Plague in India, 1896, 1897 - Volume 1
Year: 1896
Disease focus: Plague
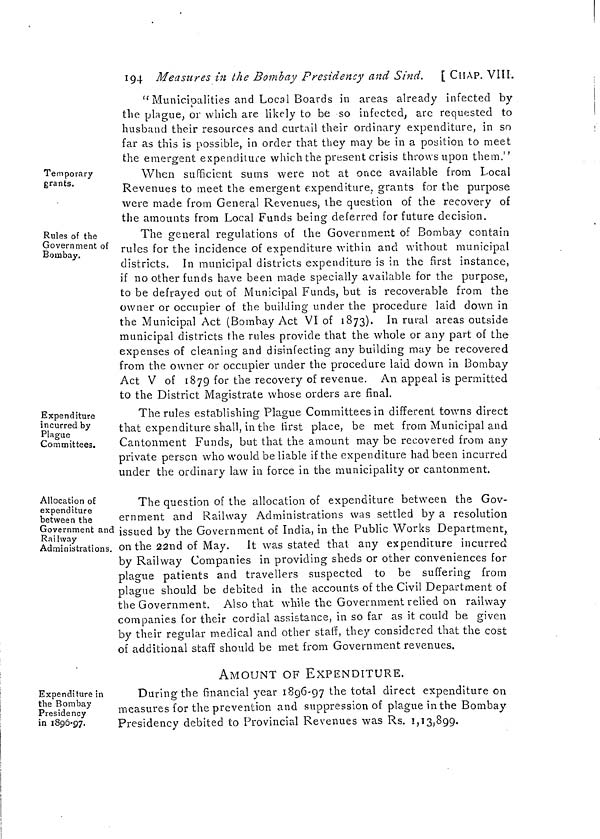
194 Measures in the Bombay Presidency and Sind. [ CHAP. VIII.
" Municipalities and Local Boards in areas already infected by
the plague, or which are likely to be so infected, are requested to
husband their resources and curtail their ordinary expenditure, in so
far as this is possible, in order that they may be in a position to meet
the emergent expenditure which the present crisis throws upon them."
Temporary
grants.
When sufficient sums were not at once available from Local
Revenues to meet the emergent expenditure, grants for the purpose
were made from General Revenues, the question of the recovery of
the amounts from Local Funds being deferred for future decision.
Rules of the
Government of
Bombay.
The general regulations of the Government of Bombay contain
rules for the incidence of expenditure within and without municipal
districts. In municipal districts expenditure is in the first instance,
if no other funds have been made specially available for the purpose,
to be defrayed out of Municipal Funds, but is recoverable from the
owner or occupier of the building under the procedure laid down in
the Municipal Act (Bombay Act VI of 1873). In rural areas outside
municipal districts the rules provide that the whole or any part of the
expenses of cleaning and disinfecting any building may be recovered
from the owner or occupier under the procedure laid down in Bombay
Act V of 1879 for the recovery of revenue. An appeal is permitted
to the District Magistrate whose orders are final.
Expenditure
incurred by
Plague
Committees.
The rules establishing Plague Committees in different towns direct
that expenditure shall, in the first place, be met from Municipal and
Cantonment Funds, but that the amount may be recovered from any
private person who would be liable if the expenditure had been incurred
under the ordinary law in force in the municipality or cantonment.
Allocation of
expenditure
between the
Government and
Railway
Administrations.
The question of the allocation of expenditure between the Gov-
ernment and Railway Administrations was settled by a resolution
issued by the Government of India, in the Public Works Department,
on the 22nd of May. It was stated that any expenditure incurred
by Railway Companies in providing sheds or other conveniences for
plague patients and travellers suspected to be suffering from
plague should be debited in the accounts of the Civil Department of
the Government. Also that while the Government relied on railway
companies for their cordial assistance, in so far as it could be given
by their regular medical and other staff, they considered that the cost
of additional staff should be met from Government revenues.
Expenditure in
the Bombay
Presidency
in 1896-97.
AMOUNT OF EXPENDITURE.
During the financial year 1896-97 the total direct expenditure on
measures for the prevention and suppression of plague in the Bombay
Presidency debited to Provincial Revenues was Rs. 1,13,899.